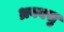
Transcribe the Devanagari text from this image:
ध्रववसु